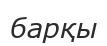
барқы